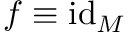
f \equiv \mathrm { i d } _ { M }